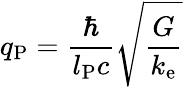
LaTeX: q_{\mathrm{P}}={\frac{\hbar}{l_{\mathrm{P}}c}}{\sqrt{\frac{G}{k_{\mathrm{e}}}}}